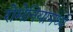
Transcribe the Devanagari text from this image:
रोमेनियामध्ये